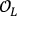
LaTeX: { \mathcal { O } } _ { L }